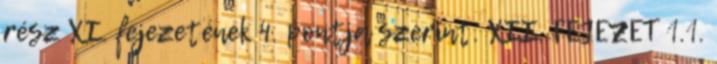
rész XI. fejezetének 4. pontja szerint. XII. FEJEZET 1.1.